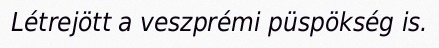
Létrejött a veszprémi püspökség is.